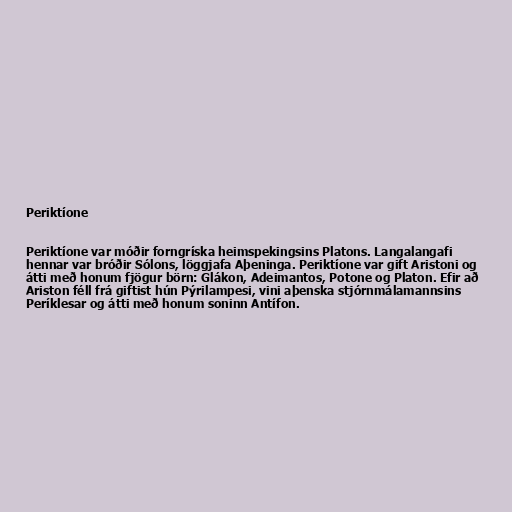
Periktíone

Periktíone var móðir forngríska heimspekingsins Platons. Langalangafi
hennar var bróðir Sólons, löggjafa Aþeninga. Periktíone var gift Aristoni og
átti með honum fjögur börn: Glákon, Adeimantos, Potone og Platon. Efir að
Ariston féll frá giftist hún Pýrilampesi, vini aþenska stjórnmálamannsins
Períklesar og átti með honum soninn Antífon.